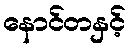
နောင်တနှင့်